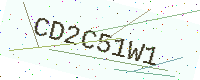
Text: CD2C51W1